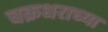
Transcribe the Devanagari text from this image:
चक्रधराच्या